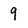
Character: 9